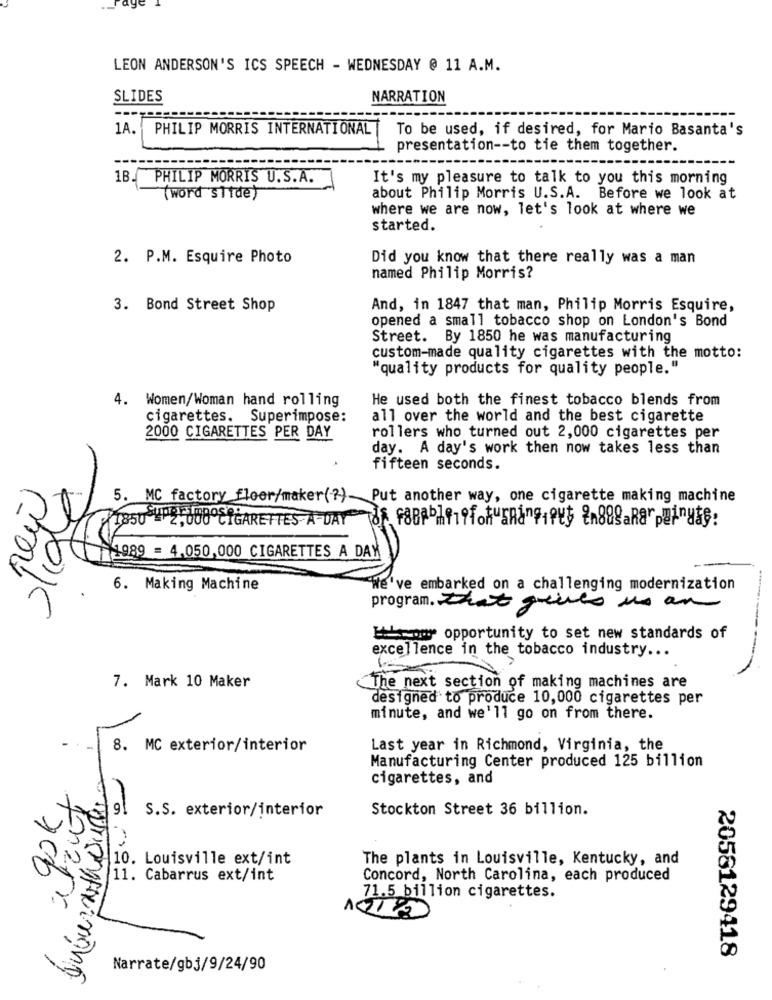
LEON ANDERSON'S ICS SPEECH - WEDNESDAY @ 11 A.M.
SLIDES
NARRATION
1A.
PHILIP MORRIS INTERNATIONAL
To be used, if desired, for Mario Basanta's
presentation -- to tie them together.
1B.
PHILIP MORRIS U.S.A.
It's my pleasure to talk to you this morning
(word slide)
about Philip Morris U.S.A. Before we look at
where we are now, let's look at where we
started.
2. P.M. Esquire Photo
Did you know that there really was a man
named Philip Morris?
3. Bond Street Shop
And, in 1847 that man, Philip Morris Esquire,
opened a small tobacco shop on London's Bond
Street. By 1850 he was manufacturing
custom-made quality cigarettes with the motto:
"quality products for quality people."
4. Women/Woman hand rolling
He used both the finest tobacco blends from
cigarettes. Superimpose:
all over the world and the best cigarette
2000 CIGARETTES PER DAY
rollers who turned out 2,000 cigarettes per
day. A day's work then now takes less than
fifteen seconds.
5. MC factory floor/maker(?)- Put another way, one cigarette making machine
1850 - 2,000 CIGARETTES A-DAY 8 F8Bb1 19for ERang,Put in889aRarely:
1989 = 4.050,000 CIGARETTES A DAX
6. Making Machine
We've embarked on a challenging modernization
program. That gries us an
our opportunity to set new standards of
excellence in the tobacco industry ...
7. Mark 10 Maker
The next section of making machines are
designed to produce 10,000 cigarettes per
minute, and we'll go on from there.
8. MC exterior/interior
Last year in Richmond, Virginia, the
Manufacturing Center produced 125 billion
cigarettes, and
S.S. exterior/interior
Stockton Street 36 billion.
10. Louisville ext/int
The plants in Louisville, Kentucky, and
700
11. Cabarrus ext/int
Concord, North Carolina, each produced
71.5 billion cigarettes.
2058129418
Narrate/gb3/9/24/90